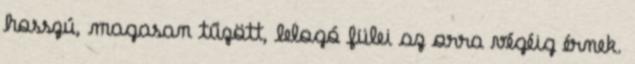
hosszú, magasan tűzött, lelogó fülei az orra végéig érnek.